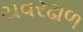
ચવરઢાળ